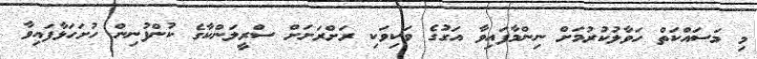
މި މަސައްކަތް ހަވާލުކުރުމަށް ނިންމާފައިވާ އަގުގެ ވަކިވަކި ރަށްރަށަށް ސްރީލަންކާގެ ކުންފުނިން ހުށަހަޅާފައިވާ